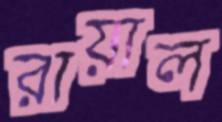
রায়াল